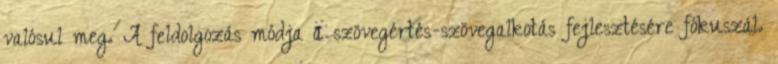
valósul meg. A feldolgozás módja a szövegértés-szövegalkotás fejlesztésére fókuszál.